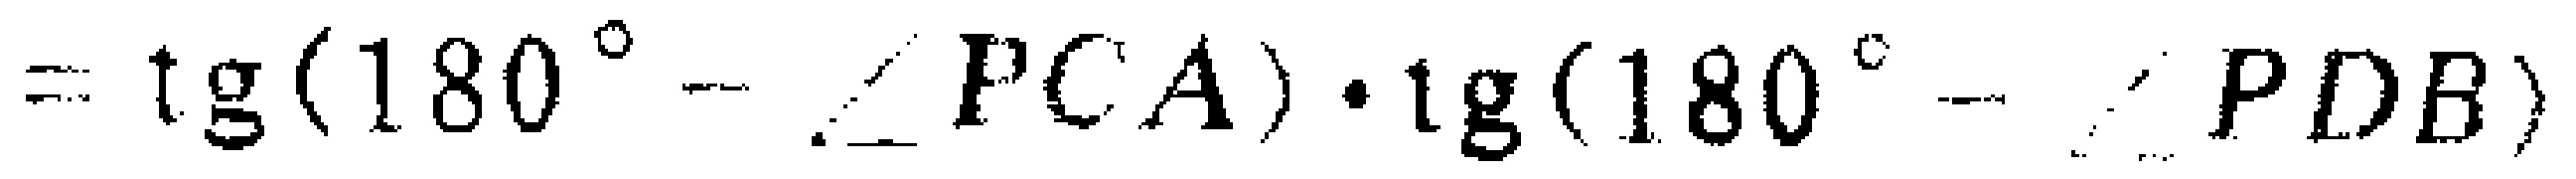
$=\operatorname{tg}(180^{\circ}-\angle PCA)\cdot\operatorname{tg}(180^{\circ}-\angle PDB)$